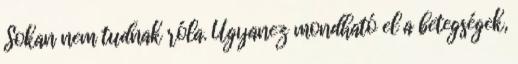
Sokan nem tudnak róla. Ugyanez mondható el a betegségek,